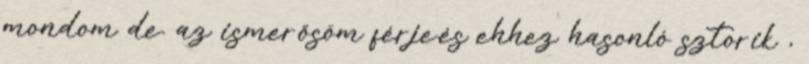
mondom de. az ismerősöm férje.és ehhez hasonló sztorik ,